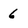
Character: 6